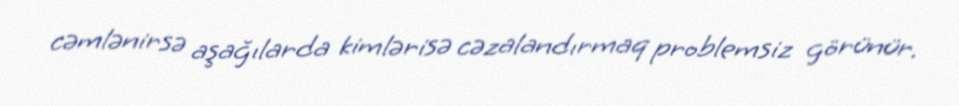
cəmlənirsə aşağılarda kimlərisə cəzalandırmaq problemsiz görünür.